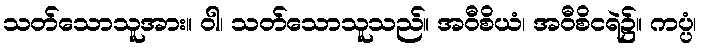
သတ်သောသူအား။ ဝါ၊ သတ်သောသူသည်။ အဝီစိယံ၊ အဝီစိငရဲ၌။ ကပ္ပံ၊